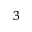
^ { 3 }